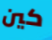
كين